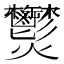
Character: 𤓮